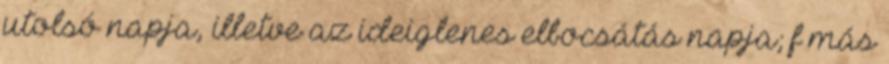
utolsó napja, illetve az ideiglenes elbocsátás napja; f más